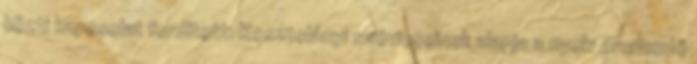
közti kapcsolat fordított: Kosztolányi szóvicceinek alapja a nyelv eredendő